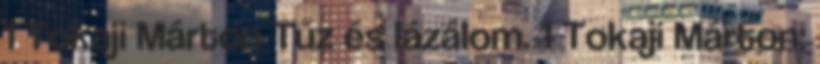
1 Tokaji Márton Tűz és lázálom. 1 Tokaji Márton: